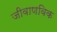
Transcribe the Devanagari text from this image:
जीवाणविक